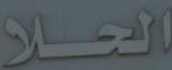
الحلا